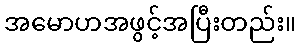
အမောဟအဖွင့်အပြီးတည်း။